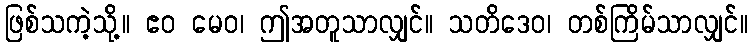
ဖြစ်သကဲ့သို့။ ဧဝ မေဝ၊ ဤအတူသာလျှင်။ သတိဒေဝ၊ တစ်ကြိမ်သာလျှင်။